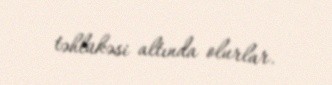
təhlükəsi altında olurlar.